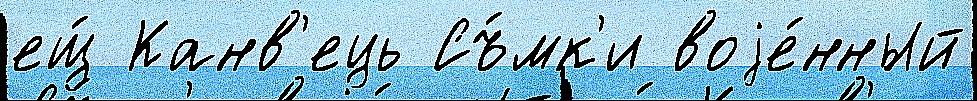
ещ́ Канв'ець Съ́мк'и воjе́нный